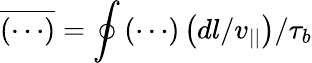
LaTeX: \overline{{\left(\cdots\right)}}=\oint\left(\cdots\right)\left(dl/v_{||}\right)/\tau_{b}